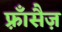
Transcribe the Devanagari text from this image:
फ़्राँसैज़